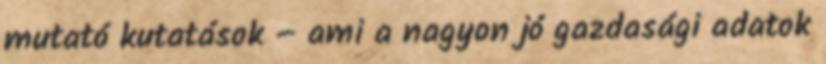
mutató kutatások – ami a nagyon jó gazdasági adatok